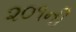
૨૦૧ની